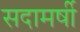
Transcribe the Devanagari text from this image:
सदामर्षी